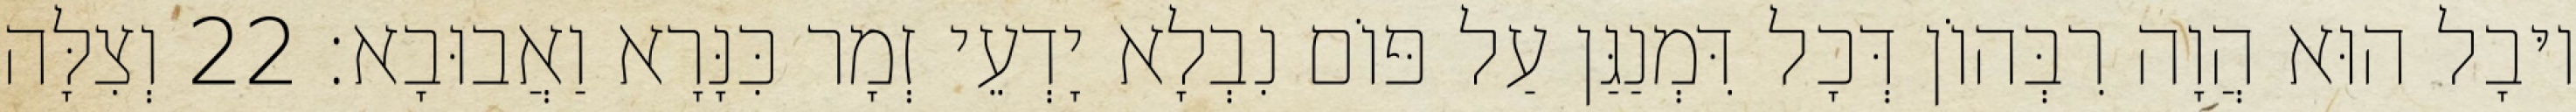
יוּבָל הוּא הֲוָה רִבְּהוֹן דְּכָל דִּמְנַגַּן עַל פּוֹם נִבְלָא יָדְעֵי זְמָר כִּנָּרָא וַאֲבוּבָא׃ 22 וְצִלָּה